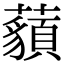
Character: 𧂀